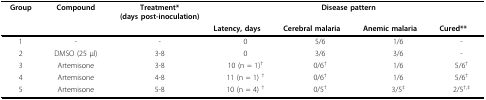
| Group | Compound | Treatment*(days post-inoculation) | <COLSPAN=4> Disease pattern |
 |  |  |  | Latency, days | Cerebral malaria | Anemic malaria | Cured** |
 | --- | --- | --- | --- | --- | --- | --- |
 | 1 | - | - | 0 | 5/6 | 1/6 | - |
 | 2 | DMSO (25 μl) | 3-8 | 0 | 3/6 | 3/6 | - |
 | 3 | Artemisone | 3-8 | 10 (n = 1)† | 0/6† | 1/6 | 5/6† |
 | 4 | Artemisone | 4-8 | 11 (n = 1) † | 0/6† | 1/6 | 5/6† |
 | 5 | Artemisone | 5-8 | 10 (n = 4) † | 0/5† | 3/5‡ | 2/5†,‡ |